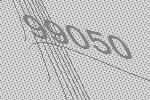
99050